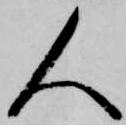
人